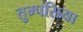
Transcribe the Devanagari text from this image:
तुम्पसिया